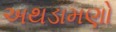
અથડામણો